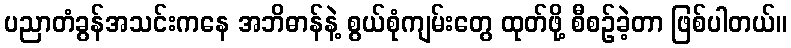
ပညာတံခွန်အသင်းကနေ အဘိဓာန်နဲ့ စွယ်စုံကျမ်းတွေ ထုတ်ဖို့ စီစဉ်ခဲ့တာ ဖြစ်ပါတယ်။